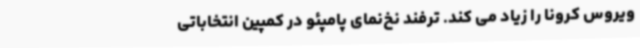
ویروس کرونا را زیاد می کند. ترفند نخ‌نمای پامپئو در کمپین انتخاباتی